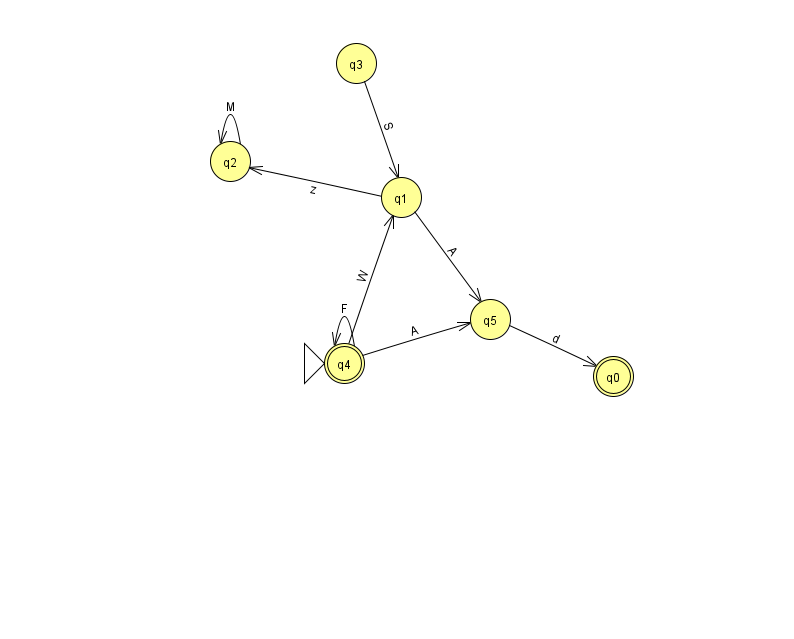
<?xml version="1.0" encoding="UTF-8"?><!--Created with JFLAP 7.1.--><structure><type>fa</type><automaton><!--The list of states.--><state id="0" name="q0"><x>613.0</x><y>363.0</y><final/></state><state id="1" name="q1"><x>401.0</x><y>184.0</y></state><state id="2" name="q2"><x>230.0</x><y>148.0</y></state><state id="3" name="q3"><x>356.0</x><y>50.0</y></state><state id="4" name="q4"><x>344.0</x><y>350.0</y><initial/><final/></state><state id="5" name="q5"><x>490.0</x><y>306.0</y></state><!--The list of transitions.--><transition><from>4</from><to>1</to><read>W</read></transition><transition><from>1</from><to>5</to><read>A</read></transition><transition><from>3</from><to>1</to><read>S</read></transition><transition><from>4</from><to>5</to><read>A</read></transition><transition><from>4</from><to>4</to><read>F</read></transition><transition><from>1</from><to>2</to><read>z</read></transition><transition><from>5</from><to>0</to><read>d</read></transition><transition><from>2</from><to>2</to><read>M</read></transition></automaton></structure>